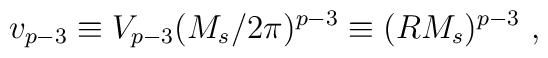
v_{p-3} \equiv V_{p-3}(M_s/2\pi)^{p-3}\equiv (RM_s)^{p-3}~,